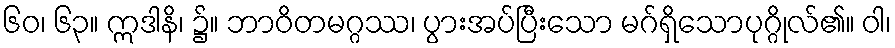
၆၀၊ ၆၃။ ဣဒါနိ၊ ၌။ ဘာဝိတမဂ္ဂဿ၊ ပွားအပ်ပြီးသော မဂ်ရှိသောပုဂ္ဂိုလ်၏။ ဝါ၊